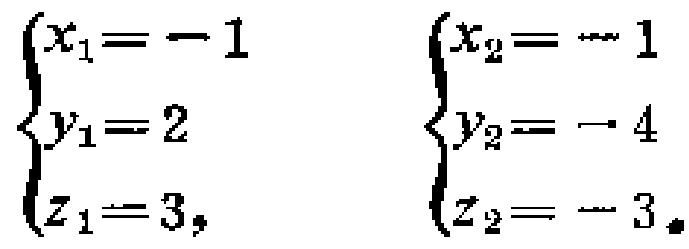
\(\begin{cases}

x_1 = -1 \\

y_1 = 2 \\

z_1 = 3,

\end{cases}\)

\(\begin{cases}

x_2 = -1 \\

y_2 = - 4 \\

z_2 = - 3.

\end{cases}\)